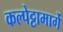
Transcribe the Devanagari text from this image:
कल्पेट्टामार्गे